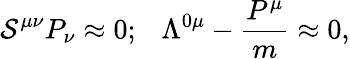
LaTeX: \mathcal{S}^{\mu\nu}P_{\nu}\approx0;~~~\Lambda^{0\mu}-{\frac{{P^{\mu}}}{{m}}}\approx0,